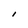
Character: l